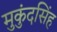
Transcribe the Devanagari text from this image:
मुकुंदसिंह